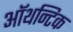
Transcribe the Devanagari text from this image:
ऑथन्टिक